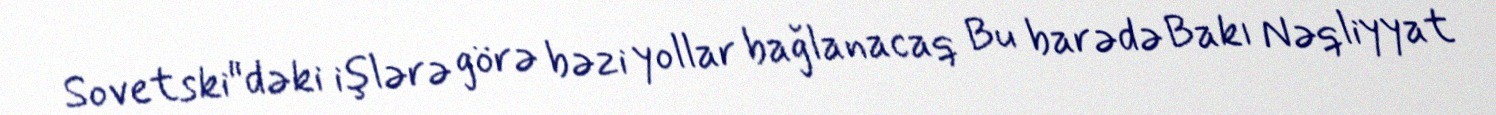
Sovetski"dəki işlərə görə bəzi yollar bağlanacaq Bu barədə Bakı Nəqliyyat